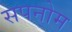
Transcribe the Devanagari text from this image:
सपनोम